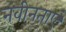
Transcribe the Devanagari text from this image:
नवीनताएं